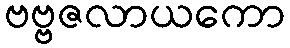
ဗဗ္ဗဇလာယကော